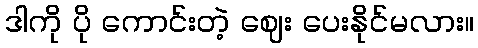
ဒါကို ပို ကောင်းတဲ့ ဈေး ပေးနိုင်မလား။